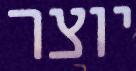
יוצר